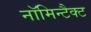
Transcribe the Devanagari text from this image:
नॉमिन्टैक्ट